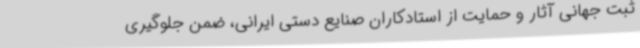
ثبت جهانی آثار و حمایت از استادکاران صنایع دستی ایرانی، ضمن جلوگیری